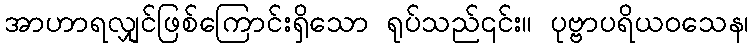
အာဟာရလျှင်ဖြစ်ကြောင်းရှိသော ရုပ်သည်၎င်း။ ပုဗ္ဗာပရိယဝသေန၊